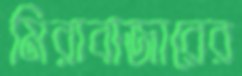
মিরাবাজারের